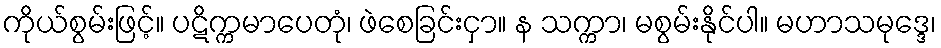
ကိုယ်စွမ်းဖြင့်။ ပဋိက္ကမာပေတုံ၊ ဖဲစေခြင်းငှာ။ န သက္ကာ၊ မစွမ်းနိုင်ပါ။ မဟာသမုဒ္ဒေ၊